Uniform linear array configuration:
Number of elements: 4
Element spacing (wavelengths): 1
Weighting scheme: cosine
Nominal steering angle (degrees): -45
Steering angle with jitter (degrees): -44.557
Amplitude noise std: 0.05
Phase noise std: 0.05

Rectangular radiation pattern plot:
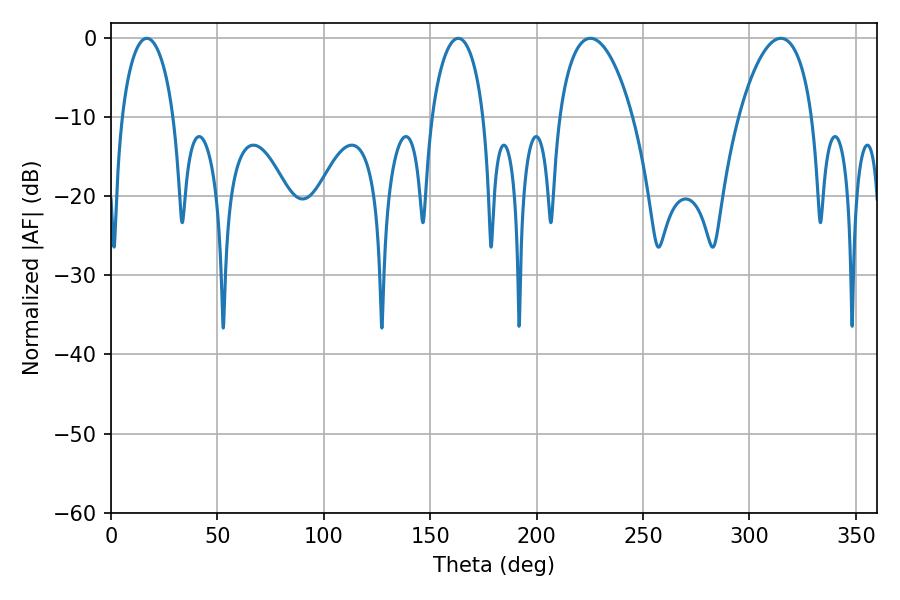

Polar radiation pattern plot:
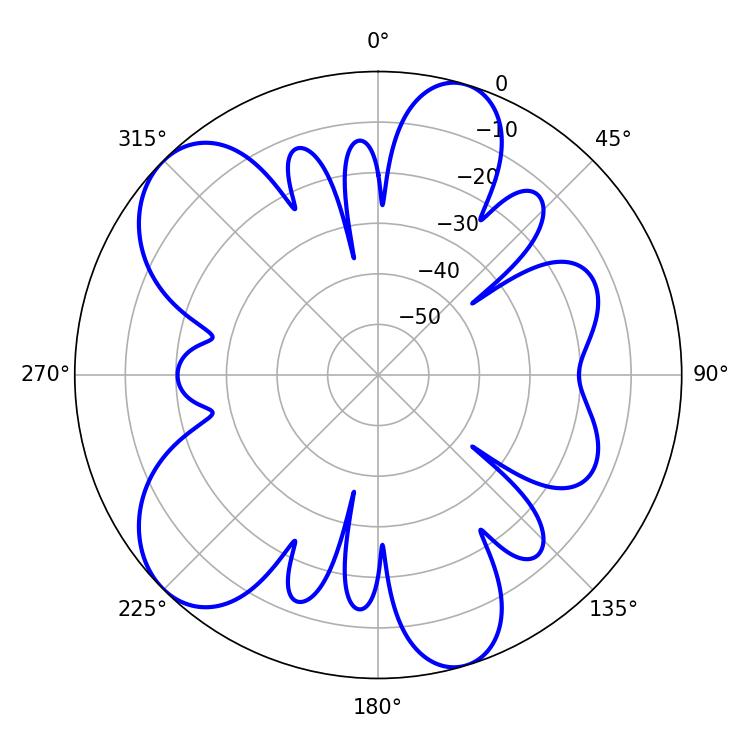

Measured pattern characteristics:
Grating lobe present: TRUE
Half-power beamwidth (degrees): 19.44
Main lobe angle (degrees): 225.18